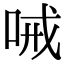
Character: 㖑